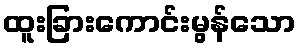
ထူးခြားကောင်းမွန်သော